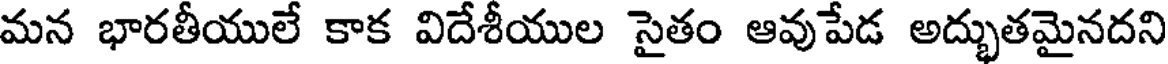
మన భారతీయులే కాక విదేశీయుల సైతం ఆవుపేడ అద్భుతమైనదని